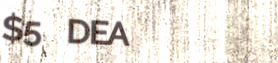
$5 DEAL